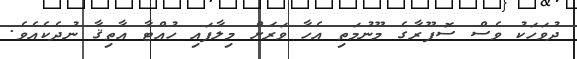
ދުވަހަކު ވެސް ސޮފޫރާގެ މޫނުމަތި އެހާ ވަރަށް މިލާފައި ހުއްޓާ އާތިޤާ ނުދެކެއެވެ.